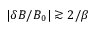
| \delta B / B _ { 0 } | \gtrsim 2 / \beta